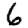
Digit: 6